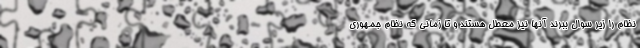
نظام را زیر سوال ببرند آنها نیز معطل هستند و تا زمانی که نظام جمهوری